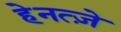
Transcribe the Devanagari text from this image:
हेनत्ज़े